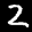
Label: 2